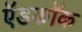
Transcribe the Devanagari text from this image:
ऍडकॉक